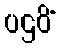
ပဌဝိံ